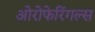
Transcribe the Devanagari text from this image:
ओरोफेरिंगल्स